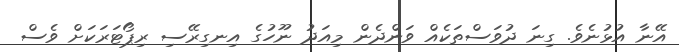
އޭނާ އުޅުނެވެ. ގިނަ ދުވަސްތަކެއް ވަންދެން މިއަދު ނޫހުގެ އިނގިރޭސި ރިޕޯޓަރަކަށް ވެސް